system: You are a helpful assistant.
user:
Analyze the provided spectrum to determine if it is a **Carbon Star (C-type)**.

- **Key Visual Indicators of Carbon Star:**
    - **(Primary):** Strong molecular absorption from **C₂ (diatomic carbon) "Swan Bands."** This is the **defining feature** of a carbon star.
        - **(Key Bandheads):** Sharp absorption edges are visible at approximately $5635$ Å, $5165$ Å (the strongest band), and $4737$ Å.
        - **(Line Profile):** Creates a distinct **"saw-tooth"** pattern. The key morphology is a sharp, steep bandhead on the **red (long-wavelength) side**, which then gradually tapers off (i.e., flux recovers) towards the **blue (short-wavelength) side**. *(This is the direct opposite of the TiO bands seen in M-type stars)*.

    - **(Secondary):** Intense **CN (cyanogen)** molecular absorption bands.
        - **(Key Bandheads):** Located in the blue and violet regions of the spectrum (e.g., near $4215$ Å and $3883$ Å).
        - **(Morphology):** These bands are extremely broad and act as a "blanket," absorbing the vast majority of blue and violet light. This creates a characteristic **"cliff"** or **"steep drop-off"** in the spectrum's flux at short wavelengths.

    - **(Key Confirmation):** Strong **CH absorption band (G-band)**.
        - **(Key Bandhead):** Located around $4300$ Å. The contribution from CH molecules to this band is exceptionally strong.

    - **(Overall Spectrum):**
        - The continuum is severely "chopped up" by these deep molecular bands, especially C₂, rather than appearing as a smooth curve.
        - Due to the heavy CN and C₂ absorption in the blue-green, the vast majority of the star's flux is concentrated in the red part of the spectrum, giving the star its characteristic deep red color.

Think first, call **spectral_visualization_tool** if needed to examine features in detail, then provide your final answer. Your response must adhere to the following strict rules:
1.  **Overall Structure:** Your response must follow the format `<think>...</think> <tool_call>...</tool_call> (if a tool is used) <answer>...</answer>`.
2.  **Tool Usage Constraint:** You may only make **one** tool call per turn.
3.  **Final Answer Format:** In the `<answer>` tag, your conclusion must be inside a `\boxed{}` command (e.g., `\boxed{YES}`), followed by your justification.

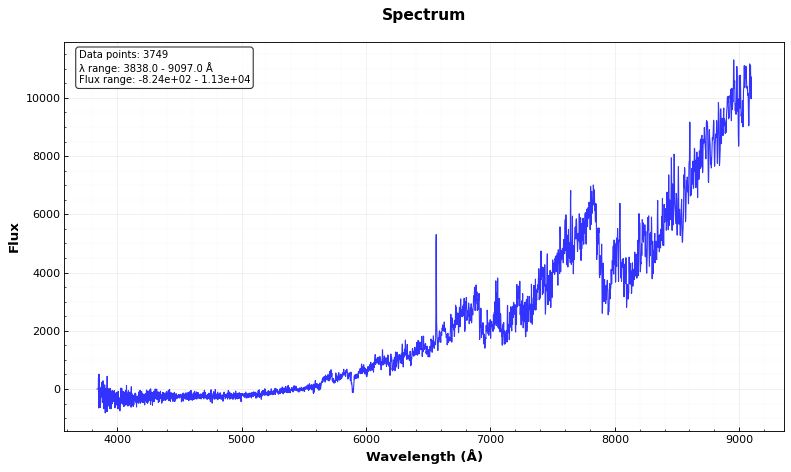
Answer: YES